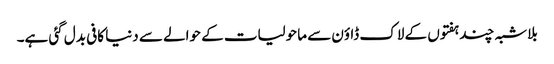
بلاشبہ چند ہفتوں کے لاک ڈاؤن سے ماحولیات کے حوالے سے دنیا کافی بدل گئی ہے۔